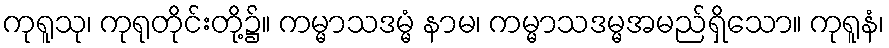
ကုရူသု၊ ကုရုတိုင်းတို့၌။ ကမ္မာသဒမ္မံ နာမ၊ ကမ္မာသဒမ္မအမည်ရှိသော။ ကုရူနံ၊